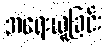
အရေးယူခြင်း